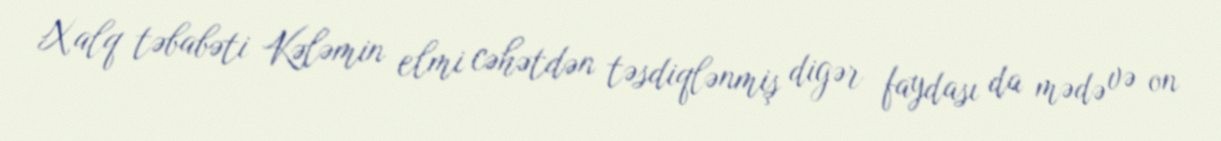
Xalq təbabəti Kələmin elmi cəhətdən təsdiqlənmiş digər faydası da mədə və on